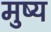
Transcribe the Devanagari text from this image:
मुष्य